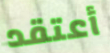
أعتقد